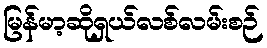
မြန်မာ့ဆိုရှယ်လစ်လမ်းစဉ်